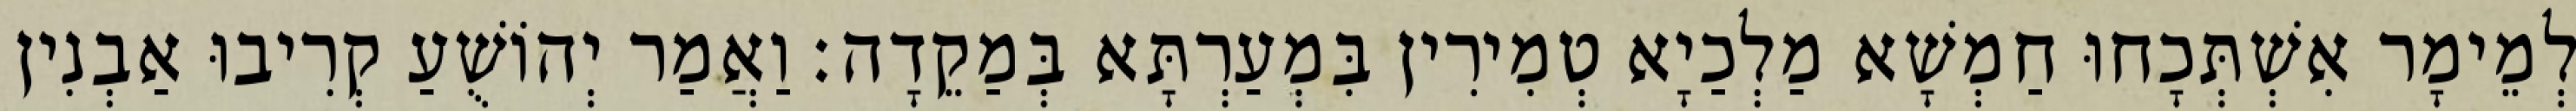
לְמֵימָר אִשְׁתְּכָחוּ חַמְשָׁא מַלְכַיָא טְמִירִין בִּמְעַרְתָּא בְּמַקֵדָה׃ וַאֲמַר יְהוֹשֻׁעַ קְרִיבוּ אַבְנִין